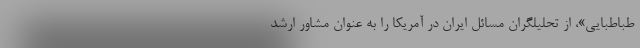
طباطبایی»، از تحلیلگران مسائل ایران در آمریکا را به عنوان مشاور ارشد